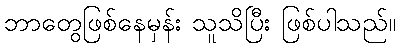
ဘာတွေဖြစ်နေမှန်း သူသိပြီး ဖြစ်ပါသည်။